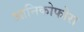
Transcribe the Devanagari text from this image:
आनिकोफोरा